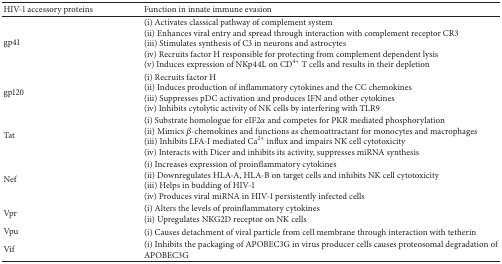
| HIV-1 accessory proteins | Function in innate immune evasion |
 | --- | --- |
 | gp41 | (i) Activates classical pathway of complement system(ii) Enhances viral entry and spread through interaction with complement receptor CR3(iii) Stimulates synthesis of C3 in neurons and astrocytes(iv) Recruits factor H responsible for protecting from complement dependent lysis(v) Induces expression of NKp44L on CD4+ T cells and results in their depletion |
 | gp120 | (i) Recruits factor H(ii) Induces production of inflammatory cytokines and the CC chemokines(iii) Suppresses pDC activation and produces IFN and other cytokines(iv) Inhibits cytolytic activity of NK cells by interfering with TLR9 |
 | Tat | (i) Substrate homologue for eIF2α and competes for PKR mediated phosphorylation(ii) Mimics β-chemokines and functions as chemoattractant for monocytes and macrophages(iii) Inhibits LFA-I mediated Ca2+ influx and impairs NK cell cytotoxicity(iv) Interacts with Dicer and inhibits its activity, suppresses miRNA synthesis |
 | Nef | (i) Increases expression of proinflammatory cytokines (ii) Downregulates HLA-A, HLA-B on target cells and inhibits NK cell cytotoxicity(iii) Helps in budding of HIV-1(iv) Produces viral miRNA in HIV-1 persistently infected cells |
 | Vpr | (i) Alters the levels of proinflammatory cytokines (ii) Upregulates NKG2D receptor on NK cells |
 | Vpu | (i) Causes detachment of viral particle from cell membrane through interaction with tetherin |
 | Vif | (i) Inhibits the packaging of APOBEC3G in virus producer cells causes proteosomal degradation of APOBEC3G |